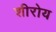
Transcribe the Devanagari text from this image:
शीरोय